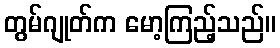
တွမ်ဂျုတ်က မော့ကြည့်သည်။